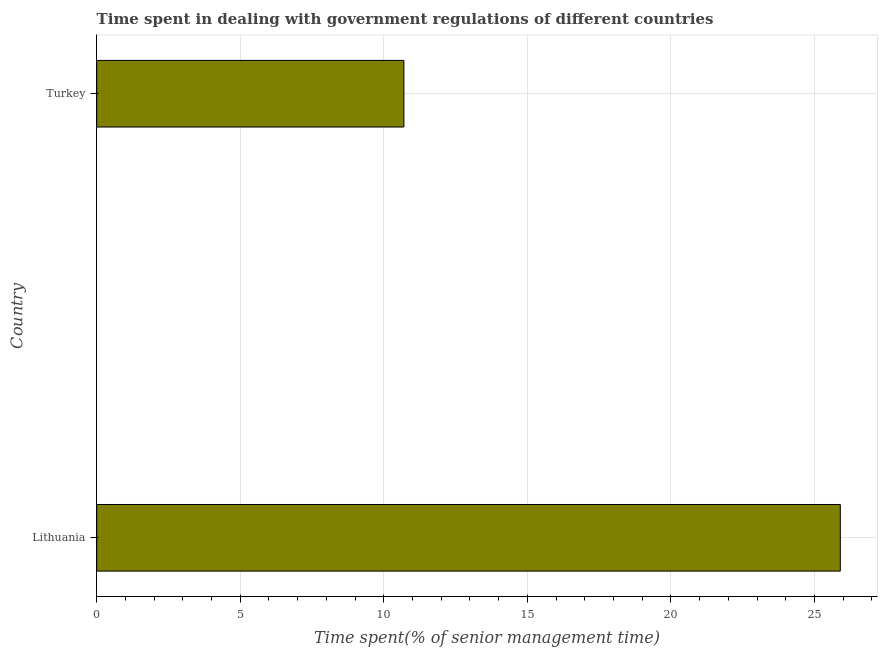
| Country | Government regulations |
 | --- | --- |
 | Lithuania | 25.9 |
 | Turkey | 10.7 |